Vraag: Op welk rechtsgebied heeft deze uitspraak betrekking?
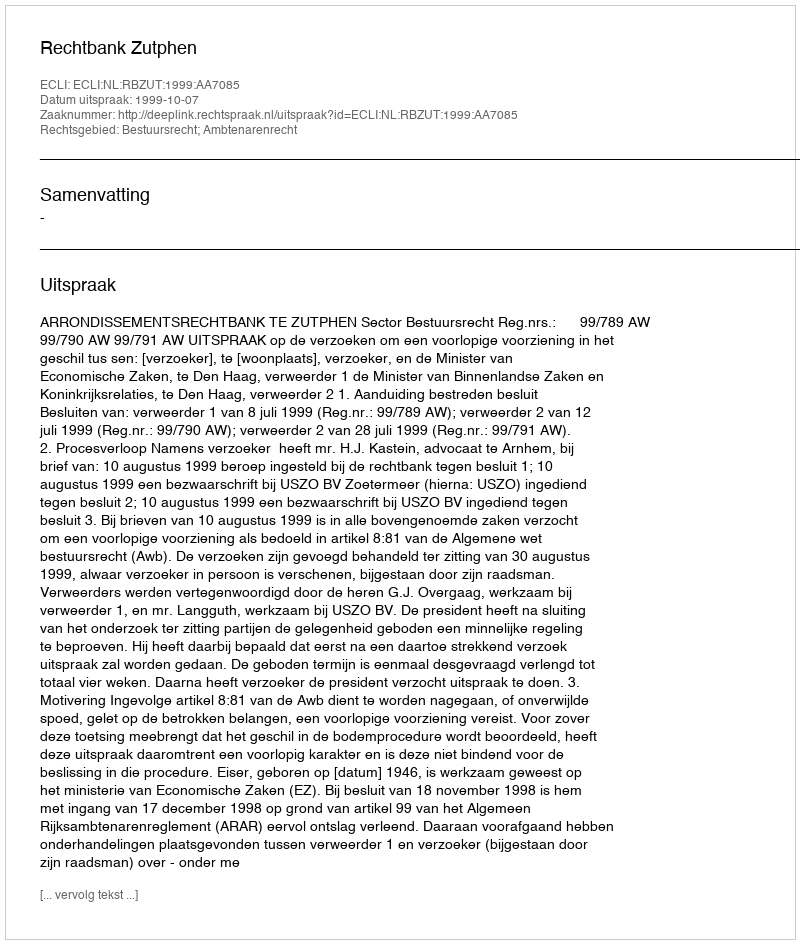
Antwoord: Bestuursrecht; Ambtenarenrecht